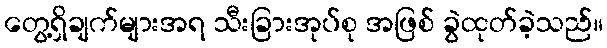
တွေ့ရှိချက်များအရ သီးခြားအုပ်စု အဖြစ် ခွဲထုတ်ခဲ့သည်။